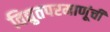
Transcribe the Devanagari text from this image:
विद्युतपरमाणूंची